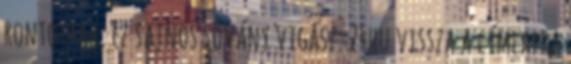
rontottak. Ez sajnos sovány vigasz. 24hu vissza a címlapra